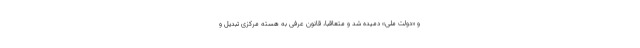
و «دولت ملی» دمیده شد و متعاقباً، قانون عرفی به هسته مرکزی تبدیل و